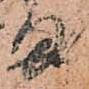
ま